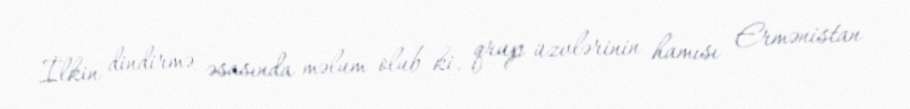
İlkin dindirmə əsasında məlum olub ki, qrup üzvlərinin hamısı Ermənistan